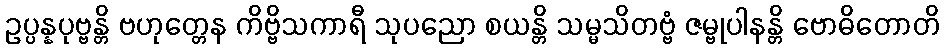
ဥပ္ပန္နပုဗ္ဗန္တိ ဗဟုတ္တေန ကိဗ္ဗိသကာရီ သုပညော စယန္တိ သမ္မသိတဗ္ဗံ ဇမ္ဗုပါနန္တိ ဗောဓိတောတိ